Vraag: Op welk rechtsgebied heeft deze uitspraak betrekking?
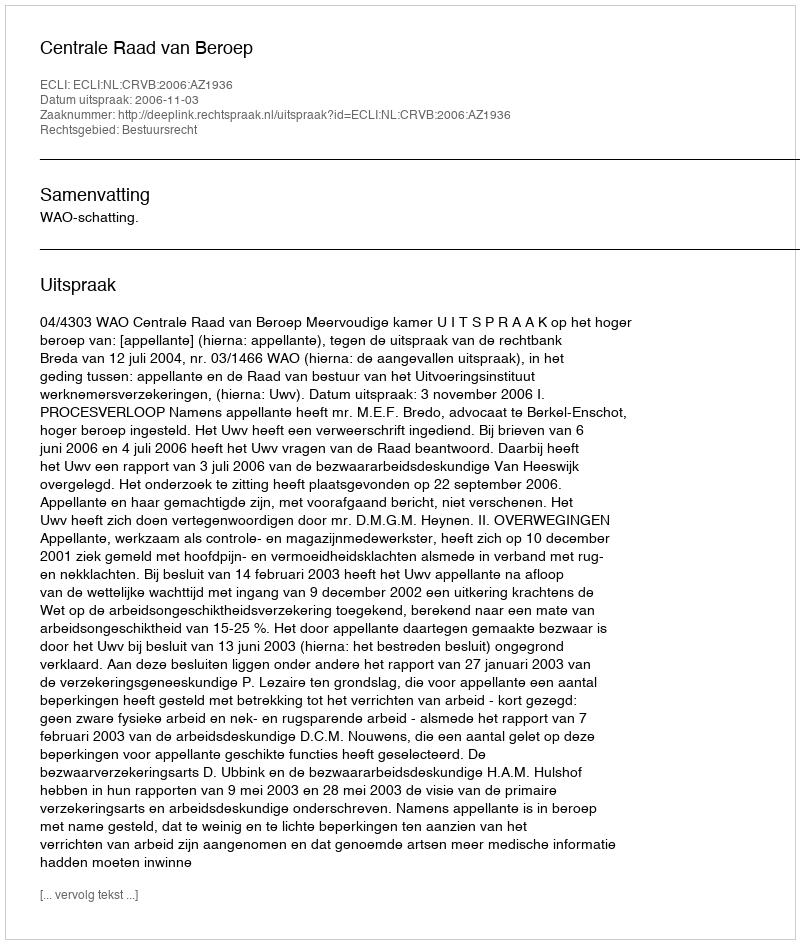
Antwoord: Bestuursrecht